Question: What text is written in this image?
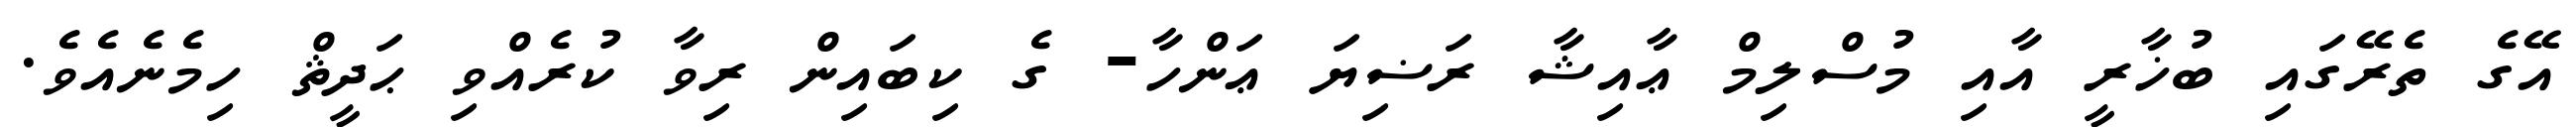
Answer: އޭގެ ތެރޭގައި ބުޚާރީ އާއި މުސްލިމް ޢާއިޝާ ރަޟިޔަ ޢަންހާ- ގެ ކިބައިން ރިވާ ކުރެއްވި ޙަދީޘް ހިމެނެއެވެ.